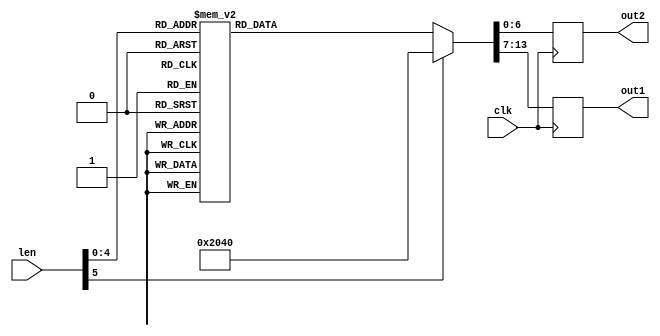
module seven(len,out1,out2,clk);

input [5:0] len;
input clk;
output [6:0] out1;
output [6:0] out2;
reg [6:0] out1;
reg [6:0] out2;

always@(posedge clk)
begin
	case(len)
	6'd0 : begin out2 <= 7'b1000000; out1 <= 7'b1000000; // 00
	end
	6'd1 : begin out2 <= 7'b1000000; out1 <= 7'b1111001; // 01
	end
	6'd2 : begin out2 <= 7'b1000000; out1 <= 7'b0100100; // 02
	end
	6'd3 : begin out2 <= 7'b1000000; out1 <= 7'b0110000; // 03
	end
	6'd4 : begin out2 <= 7'b1000000; out1 <= 7'b0011001; // 04
	end
	6'd5 : begin out2 <= 7'b1000000; out1 <= 7'b0010010; // 05
	end
	6'd6 : begin out2 <= 7'b1000000; out1 <= 7'b0000010; // 06
	end
	6'd7 : begin out2 <= 7'b1000000; out1 <= 7'b1111000; // 07
	end
	6'd8 : begin out2 <= 7'b1000000; out1 <= 7'b0000000; // 08
	end
	6'd9 : begin out2 <= 7'b1000000; out1 <= 7'b0010000; // 09
	end
	6'd10 : begin out2 <= 7'b1111001; out1 <= 7'b1000000; // 10	
	end
	6'd11 : begin out2 <= 7'b1111001; out1 <= 7'b1111001; // 11
	end
	6'd12 : begin out2 <= 7'b1111001; out1 <= 7'b0100100; // 12
	end
	6'd13 : begin out2 <= 7'b1111001; out1 <= 7'b0110000; // 13
	end
	6'd14 : begin out2 <= 7'b1111001; out1 <= 7'b0011001; // 14
	end
	6'd15 : begin out2 <= 7'b1111001; out1 <= 7'b0010010; // 15
	end
	6'd16 : begin out2 <= 7'b1111001; out1 <= 7'b0000010; // 16
	end
	6'd17 : begin out2 <= 7'b1111001; out1 <= 7'b1111000; // 17
	end
	6'd18 : begin out2 <= 7'b1111001; out1 <= 7'b0000000; // 18
	end
	6'd19 : begin out2 <= 7'b1111001; out1 <= 7'b0010000; // 19
	end
	default : begin out1 <= 7'b1000000; out2 <= 7'b1000000; // 00
	end
	endcase
	// out1's port is seven segment digit[0]
	// out2's port is seven segment digit[1]
end
endmodule